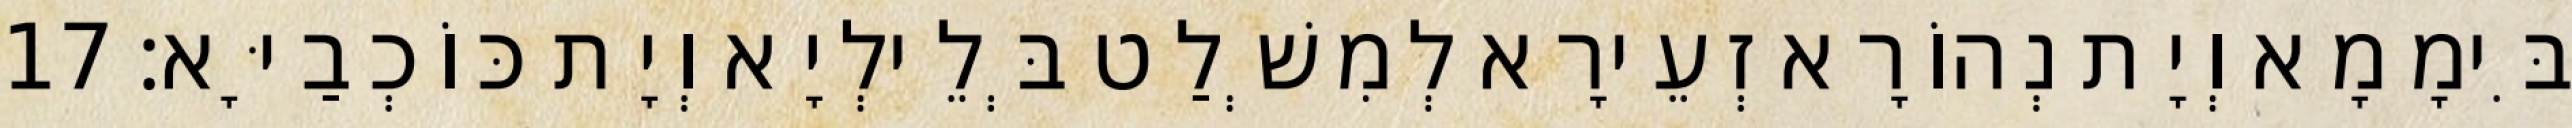
בִּימָמָא וְיָת נְהוֹרָא זְעֵירָא לְמִשְׁלַט בְּלֵילְיָא וְיָת כּוֹכְבַיָּא׃ 17